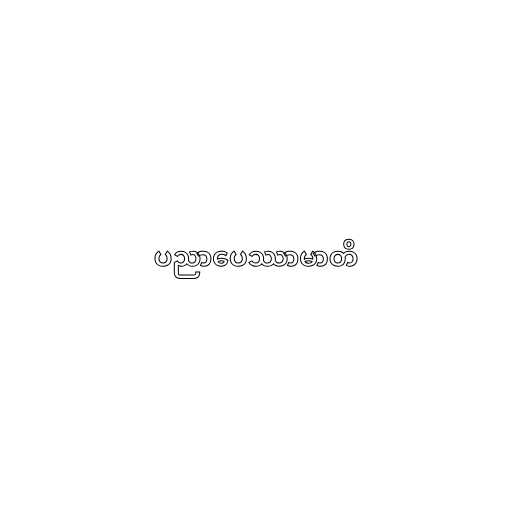
ပညာပေဿာမာတိ